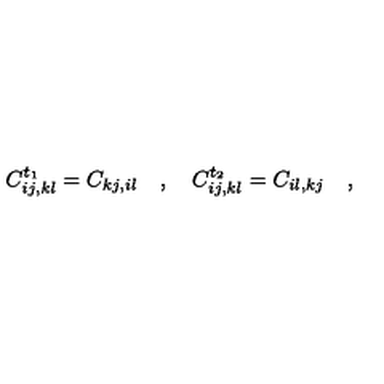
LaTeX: C _ { i j , k l } ^ { t _ { 1 } } = C _ { k j , i l } \quad , \quad C _ { i j , k l } ^ { t _ { 2 } } = C _ { i l , k j } \quad ,